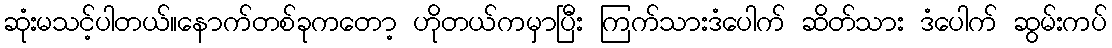
ဆုံးမသင့်ပါတယ်။နောက်တစ်ခုကတော့ ဟိုတယ်ကမှာပြီး ကြက်သားဒံပေါက် ဆိတ်သား ဒံပေါက် ဆွမ်းကပ်